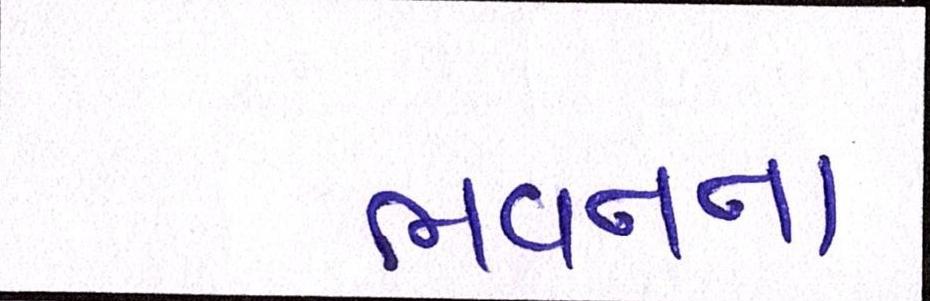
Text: ભવનના